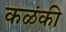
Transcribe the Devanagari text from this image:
कळंकी